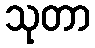
သုတာ